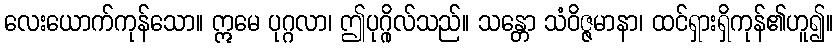
လေးယောက်ကုန်သော။ ဣမေ ပုဂ္ဂလာ၊ ဤပုဂ္ဂိုလ်သည်။ သန္တော သံဝိဇ္ဇမာနာ၊ ထင်ရှားရှိကုန်၏ဟူ၍။